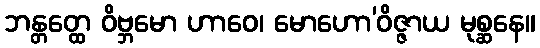
ဘန္တတ္ထေ ဝိဗ္ဘမော ဟာဝေ၊ မောဟော’ဝိဇ္ဇာယ မုစ္ဆနေ။